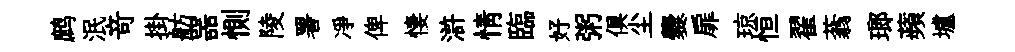
鹧泯竒掛舫噐惻陵署凈俾悽滸情臨好粥俱尘爨扉琼恒翟蓊瑯蘋壚